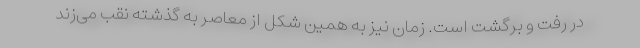
در رفت و برگشت است. زمان نیز به همین شکل از معاصر به گذشته نقب می‌زند